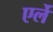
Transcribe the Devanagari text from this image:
एर्ले